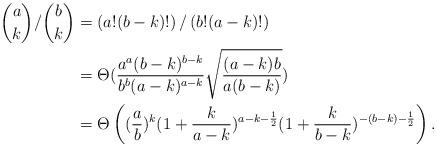
LaTeX: \begin{align*} \binom{a}{k}/\binom{b}{k}&=\left(a! (b-k)!\right)/\left(b! (a-k)! \right) \\&=\Theta( \frac{ a^a (b-k)^{b-k}}{b^b (a-k)^{a-k}}\sqrt{ \frac{(a-k)b}{a(b-k)}})\\&= \Theta \left( (\frac{a}{b})^k (1+\frac{k}{a-k})^{a-k-\frac{1}{2}} (1+\frac{k}{b-k})^{-(b-k)-\frac{1}{2}} \right).\end{align*}